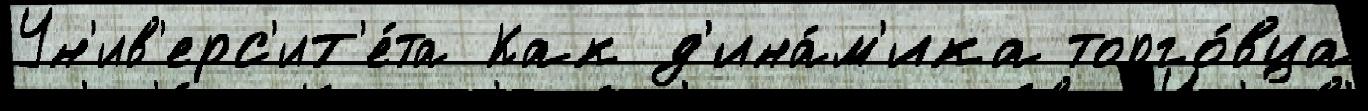
Ун'ив'ерс'ит'е́та Как д'ина́м'ика торго́вца